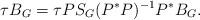
LaTeX: \begin{align*}\tau B_G=\tau PS_G(P^\ast P)^{-1}P^\ast B_G.\end{align*}